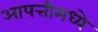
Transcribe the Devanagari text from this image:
आपत्तीमध्ये